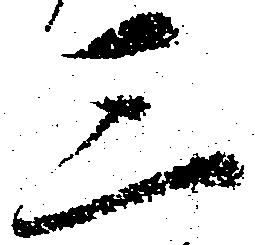
三